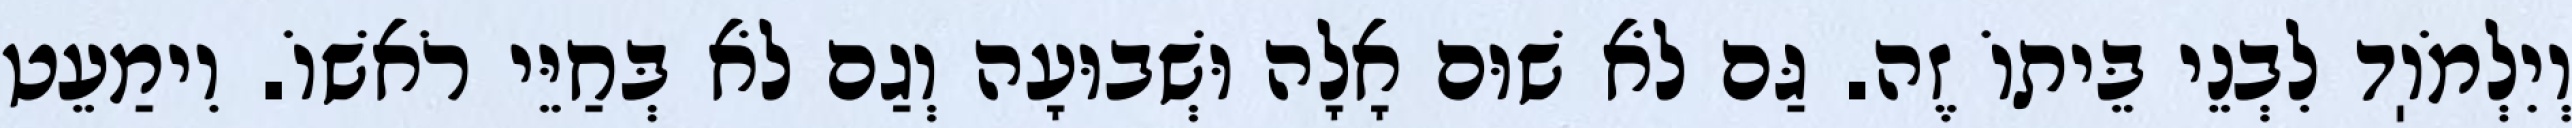
וְיִלְמֹוֽד לִבְנֵי בֵּיתוֹ זֶה. גַּם לֹא שׁוּם אָלָה וּשְׁבוּעָה וְגַם לֹא בְּחַיֵּי רֹאשׁוֹ. וִימַעֵט